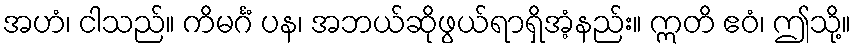
အဟံ၊ ငါသည်။ ကိမင်္ဂံ ပန၊ အဘယ်ဆိုဖွယ်ရာရှိအံ့နည်း။ ဣတိ ဧဝံ၊ ဤသို့။